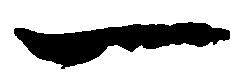
一